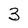
Character: 3